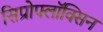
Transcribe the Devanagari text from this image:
सिप्रोफ्लॉक्सिन